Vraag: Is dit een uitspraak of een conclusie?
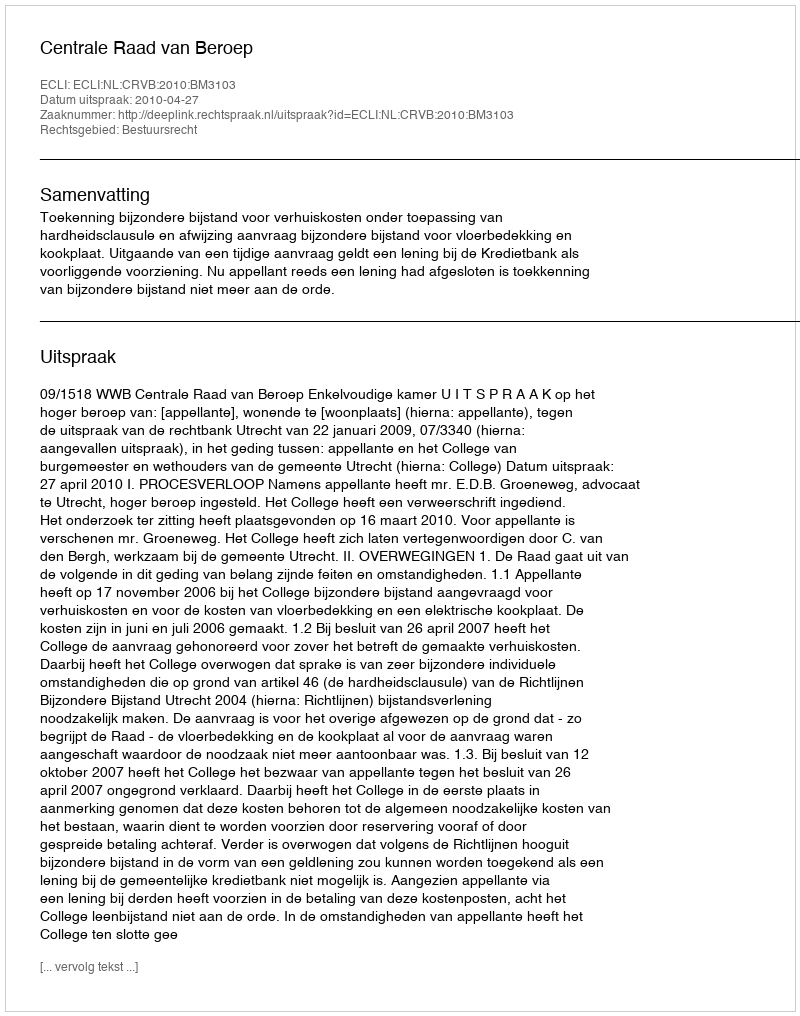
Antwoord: Uitspraak